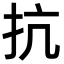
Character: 抗